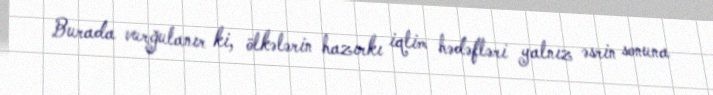
Burada vurğulanır ki, ölkələrin hazırkı iqlim hədəfləri yalnız əsrin sonuna